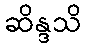
ဆိန္ဒသိ